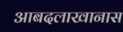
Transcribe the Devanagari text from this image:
आबदलाखानास